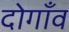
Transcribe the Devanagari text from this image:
दोगाँव